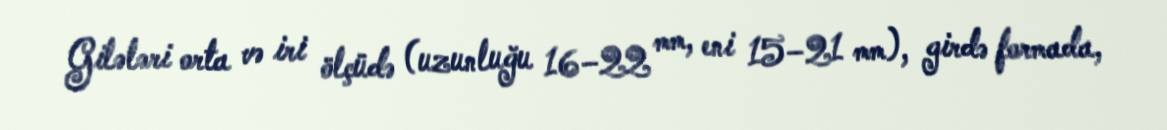
Gilələri orta və iri ölçüdə (uzunluğu 16–22 mm, eni 15–21 mm), girdə formada,